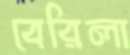
বেরিলা